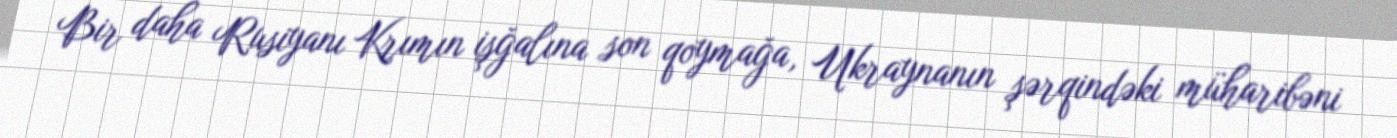
Bir daha Rusiyanı Krımın işğalına son qoymağa, Ukraynanın şərqindəki müharibəni